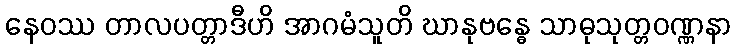
နေဝဿ တာလပတ္တာဒီဟိ အာဂမံသူတိ ဃာနုဗန္ဓေ သာဓုသုတ္တဝဏ္ဏနာ